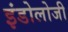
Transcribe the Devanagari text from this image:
इंडोलोजी